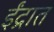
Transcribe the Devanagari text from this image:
ईंद्रात